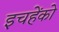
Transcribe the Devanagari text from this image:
इचहेंको